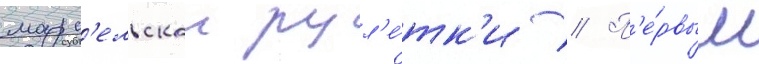
марс'ельскои рул'е́тк'и // П'е́рвым